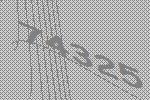
74325